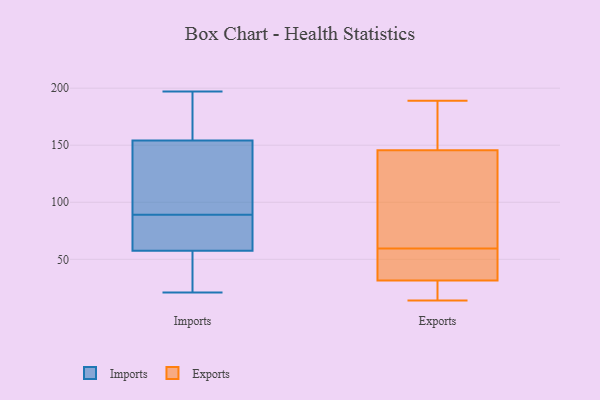
{"axis": {"x": "Churn Rate (%)", "y": "Value"}, "legend": ["Exports", "Imports"], "data": [{"x": "", "y": 142, "type": "Imports"}, {"x": "", "y": 152, "type": "Imports"}, {"x": "", "y": 61, "type": "Imports"}, {"x": "", "y": 57, "type": "Imports"}, {"x": "", "y": 161, "type": "Imports"}, {"x": "", "y": 21, "type": "Imports"}, {"x": "", "y": 164, "type": "Imports"}, {"x": "", "y": 84, "type": "Imports"}, {"x": "", "y": 46, "type": "Imports"}, {"x": "", "y": 155, "type": "Imports"}, {"x": "", "y": 113, "type": "Imports"}, {"x": "", "y": 31, "type": "Imports"}, {"x": "", "y": 38, "type": "Imports"}, {"x": "", "y": 197, "type": "Imports"}, {"x": "", "y": 89, "type": "Imports"}, {"x": "", "y": 71, "type": "Imports"}, {"x": "", "y": 124, "type": "Imports"}, {"x": "", "y": 59, "type": "Imports"}, {"x": "", "y": 179, "type": "Imports"}, {"x": "", "y": 14, "type": "Exports"}, {"x": "", "y": 38, "type": "Exports"}, {"x": "", "y": 59, "type": "Exports"}, {"x": "", "y": 183, "type": "Exports"}, {"x": "", "y": 88, "type": "Exports"}, {"x": "", "y": 94, "type": "Exports"}, {"x": "", "y": 47, "type": "Exports"}, {"x": "", "y": 149, "type": "Exports"}, {"x": "", "y": 142, "type": "Exports"}, {"x": "", "y": 60, "type": "Exports"}, {"x": "", "y": 14, "type": "Exports"}, {"x": "", "y": 189, "type": "Exports"}, {"x": "", "y": 21, "type": "Exports"}, {"x": "", "y": 52, "type": "Exports"}, {"x": "", "y": 158, "type": "Exports"}, {"x": "", "y": 25, "type": "Exports"}]}